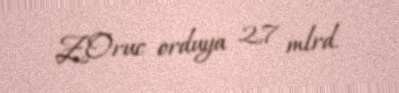
Z.Oruc orduya 2,7 mlrd.